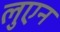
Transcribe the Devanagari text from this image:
लुएन